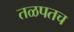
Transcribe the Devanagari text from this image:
तळपतच